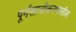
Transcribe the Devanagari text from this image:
पूर्नसाचीकरणातील